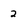
Character: 2